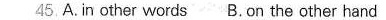
A.in other words B.on the other hand